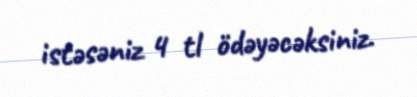
istəsəniz 4 tl ödəyəcəksiniz.